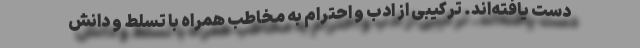
دست یافته‌اند. ترکیبی از ادب و احترام به مخاطب همراه با تسلط و دانش